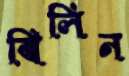
ঝিলিন